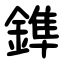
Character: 鎨